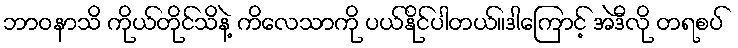
ဘာဝနာသိ ကိုယ်တိုင်သိနဲ့ ကိလေသာကို ပယ်နိုင်ပါတယ်။ဒါကြောင့် အဲဒီလို တရစပ်